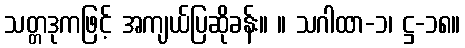
သတ္တဒုကဖြင့် အကျယ်ပြဆိုခန်း။ ။ သဂါထာ-၁၊ ဋ္ဌ-၁၈။